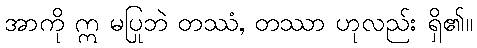
အာကို ဣ မပြုဘဲ တဿံ, တဿာ ဟုလည်း ရှိ၏။